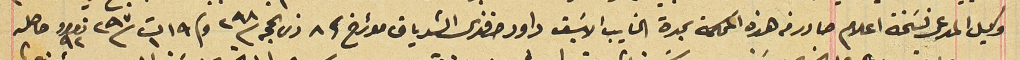
وكيل المدعى نسَخة اعلام صادر فى هذه المحكمة بمدة النايب الاسَبق داود افندى الشدياق مؤرخ فى ٨ ذى الحجه سنة ٢٩٨ وفي ١٩ ت١ سنة ٢٩٧ نمرو ٩٢ حاصله